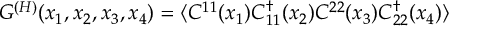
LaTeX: G ^ { ( H ) } ( x _ { 1 } , x _ { 2 } , x _ { 3 } , x _ { 4 } ) = \langle { \cal C } ^ { 1 1 } ( x _ { 1 } ) { \cal C } _ { 1 1 } ^ { \dagger } ( x _ { 2 } ) { \cal C } ^ { 2 2 } ( x _ { 3 } ) { \cal C } _ { 2 2 } ^ { \dagger } ( x _ { 4 } ) \rangle \;